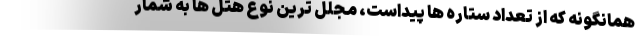
همانگونه که از تعداد ستاره ها پیداست، مجلل ترین نوع هتل ها به شمار